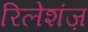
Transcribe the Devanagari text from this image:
रिलेशंज़